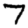
Digit: 7